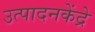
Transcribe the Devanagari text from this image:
उत्पादनकेंद्रे